65_HS1-834228961_62-HQ-83894_Section_9
Agency: FBI
Page 41
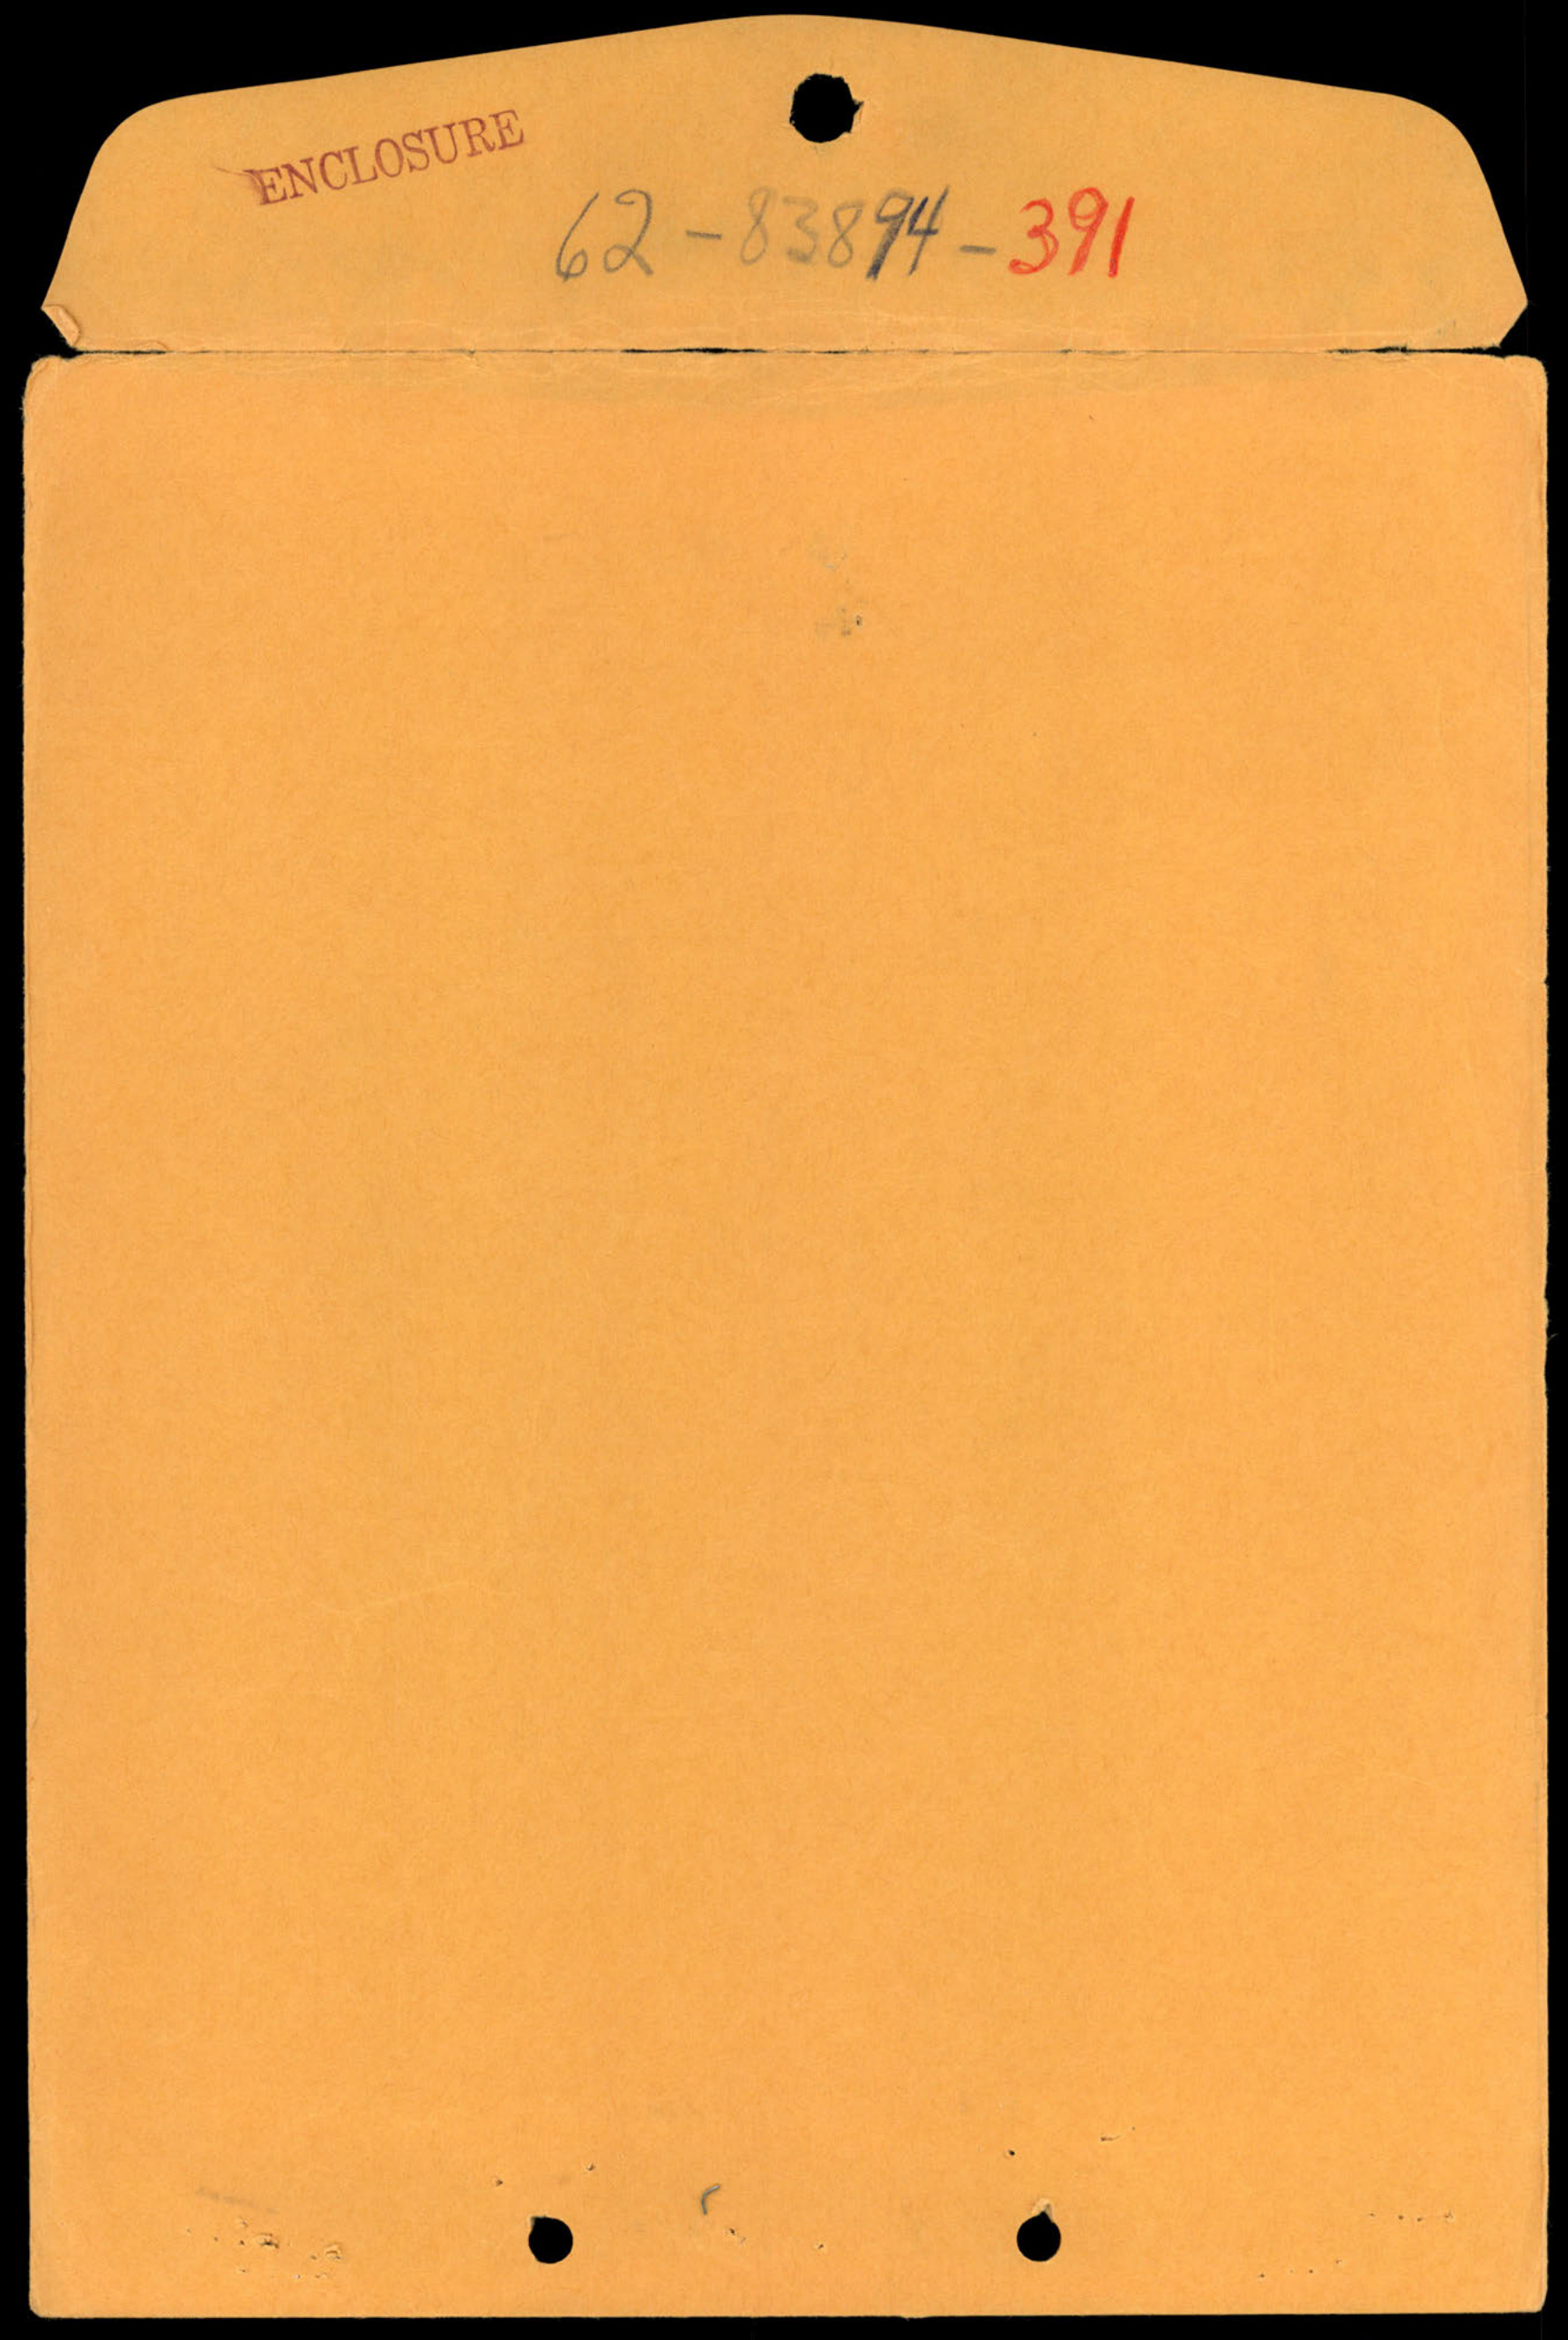